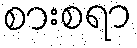
စားစရာ